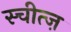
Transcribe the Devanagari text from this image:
स्चीत्ज़